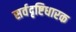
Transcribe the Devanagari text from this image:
सर्वदृष्टिधारक